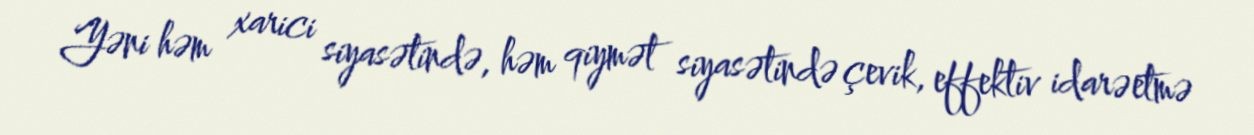
Yəni həm xarici siyasətində, həm qiymət siyasətində çevik, effektiv idarəetmə